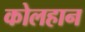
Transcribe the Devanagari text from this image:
कोलहान